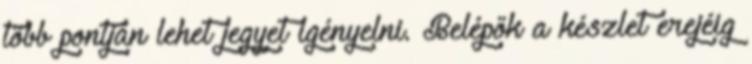
több pontján lehet jegyet igényelni. Belépők a készlet erejéig